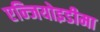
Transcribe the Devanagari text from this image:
एन्जियोइडीमा